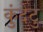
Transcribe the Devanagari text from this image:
कुंदेटु